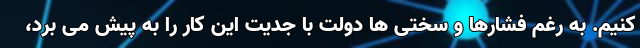
کنیم. به رغم فشارها و سختی ها دولت با جدیت این کار را به پیش می برد،